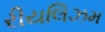
રીયલિઝમ